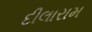
દીલારામ